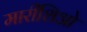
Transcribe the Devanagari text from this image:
मारीशिओ